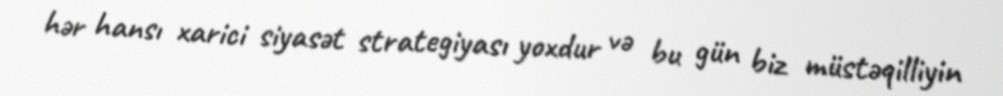
hər hansı xarici siyasət strategiyası yoxdur və bu gün biz müstəqilliyin